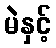
မဲနှင့်